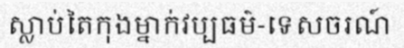
ស្លាប់តៃកុងម្នាក់វប្បធម៌-ទេសចរណ៍